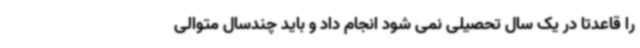
را قاعدتا در یک سال تحصیلی نمی شود انجام داد و باید چندسال متوالی